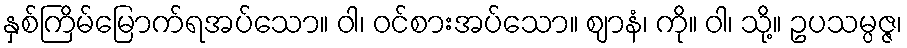
နှစ်ကြိမ်မြောက်ရအပ်သော။ ဝါ၊ ဝင်စားအပ်သော။ ဈာနံ၊ ကို။ ဝါ၊ သို့။ ဥပသမ္ပဇ္ဇ၊